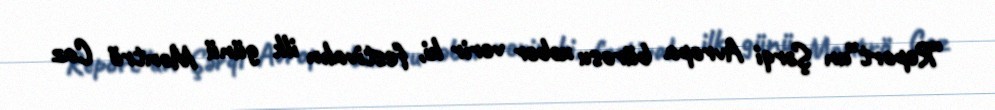
“Report”un Şərqi Avropa bürosu xəbər verir ki, festivalın ilk günü Montrö Caz